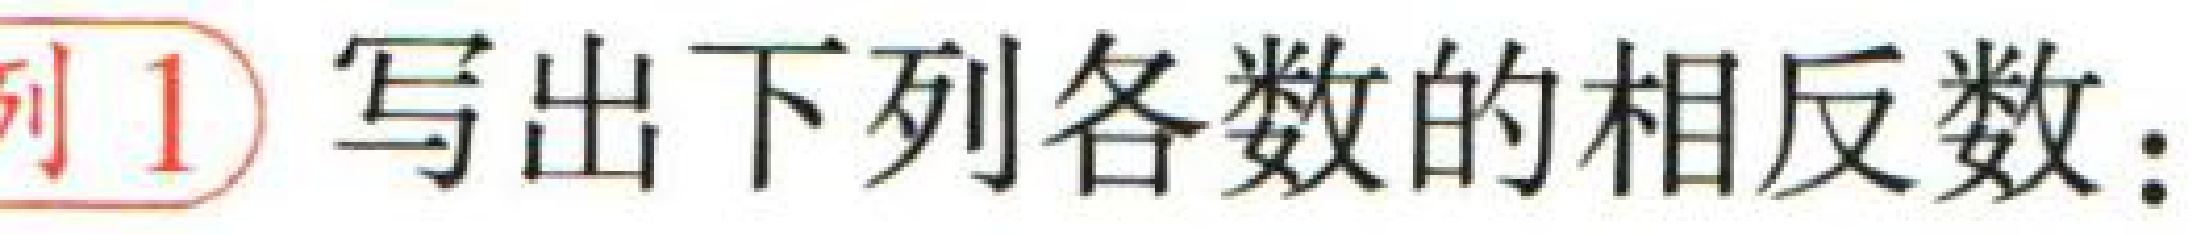
例1 写出下列各数的相反数：